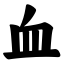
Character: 血